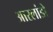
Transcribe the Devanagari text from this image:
आरलांडो